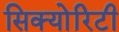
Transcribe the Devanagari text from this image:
सिक्‍योरिटी